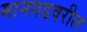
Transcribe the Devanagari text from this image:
मानगडवरील